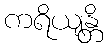
ကရိယျန္တိ